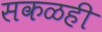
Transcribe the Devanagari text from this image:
सकळही